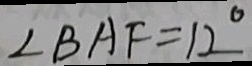
\angle B A F = 1 2 ^ { \circ }